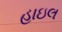
હાઇલ